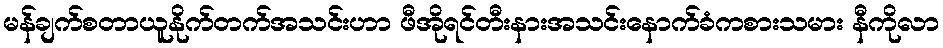
မန်ချက်စတာယူနိုက်တက်အသင်းဟာ ဖီအိုရင်တီးနားအသင်းနောက်ခံကစားသမား နီကိုလာ